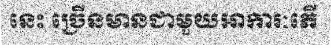
នេះ ច្រើនមានជាមួយអាការៈភើ